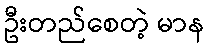
ဦးတည်စေတဲ့ မာန